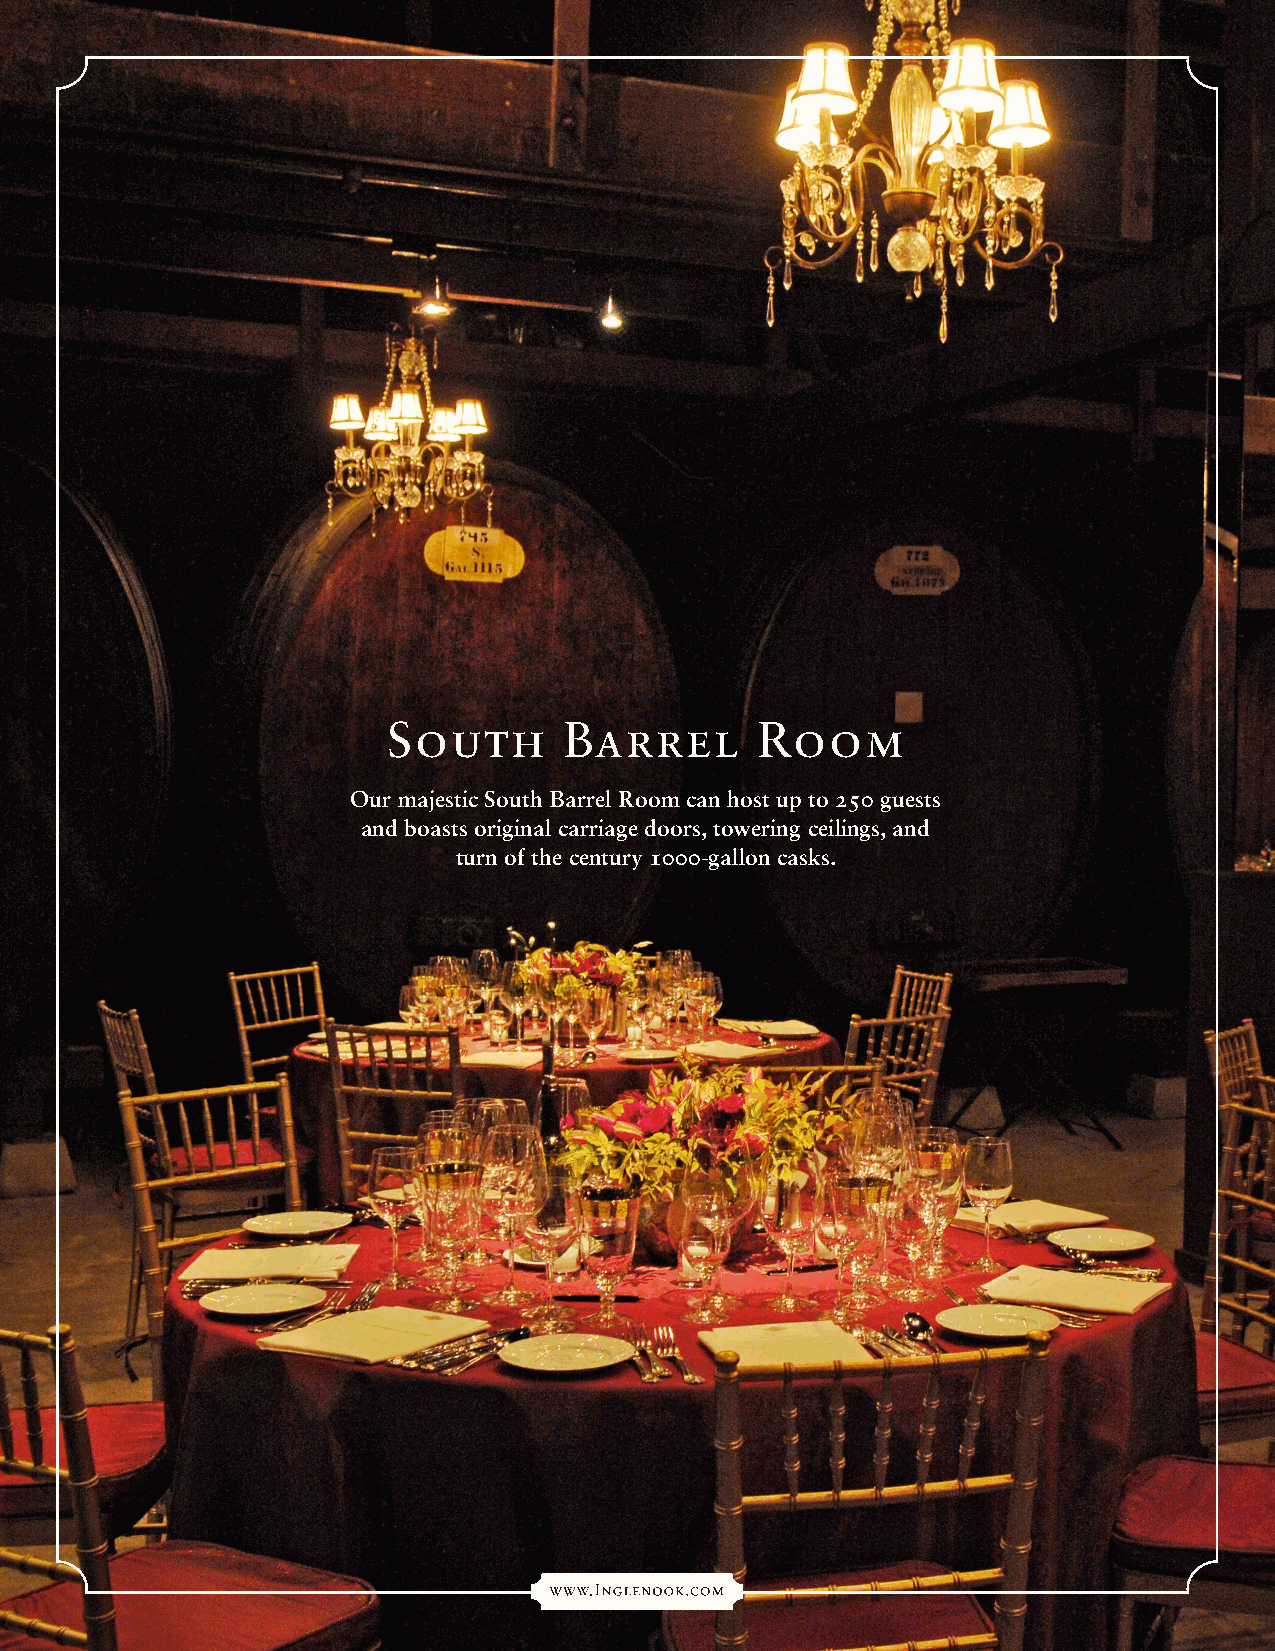
South      Barrel       Room
 Our majestic South Barrel Room can host up to 250 guests
 and boasts original carriage doors, towering ceilings, and
 turn of the century 1000-gallon casks.